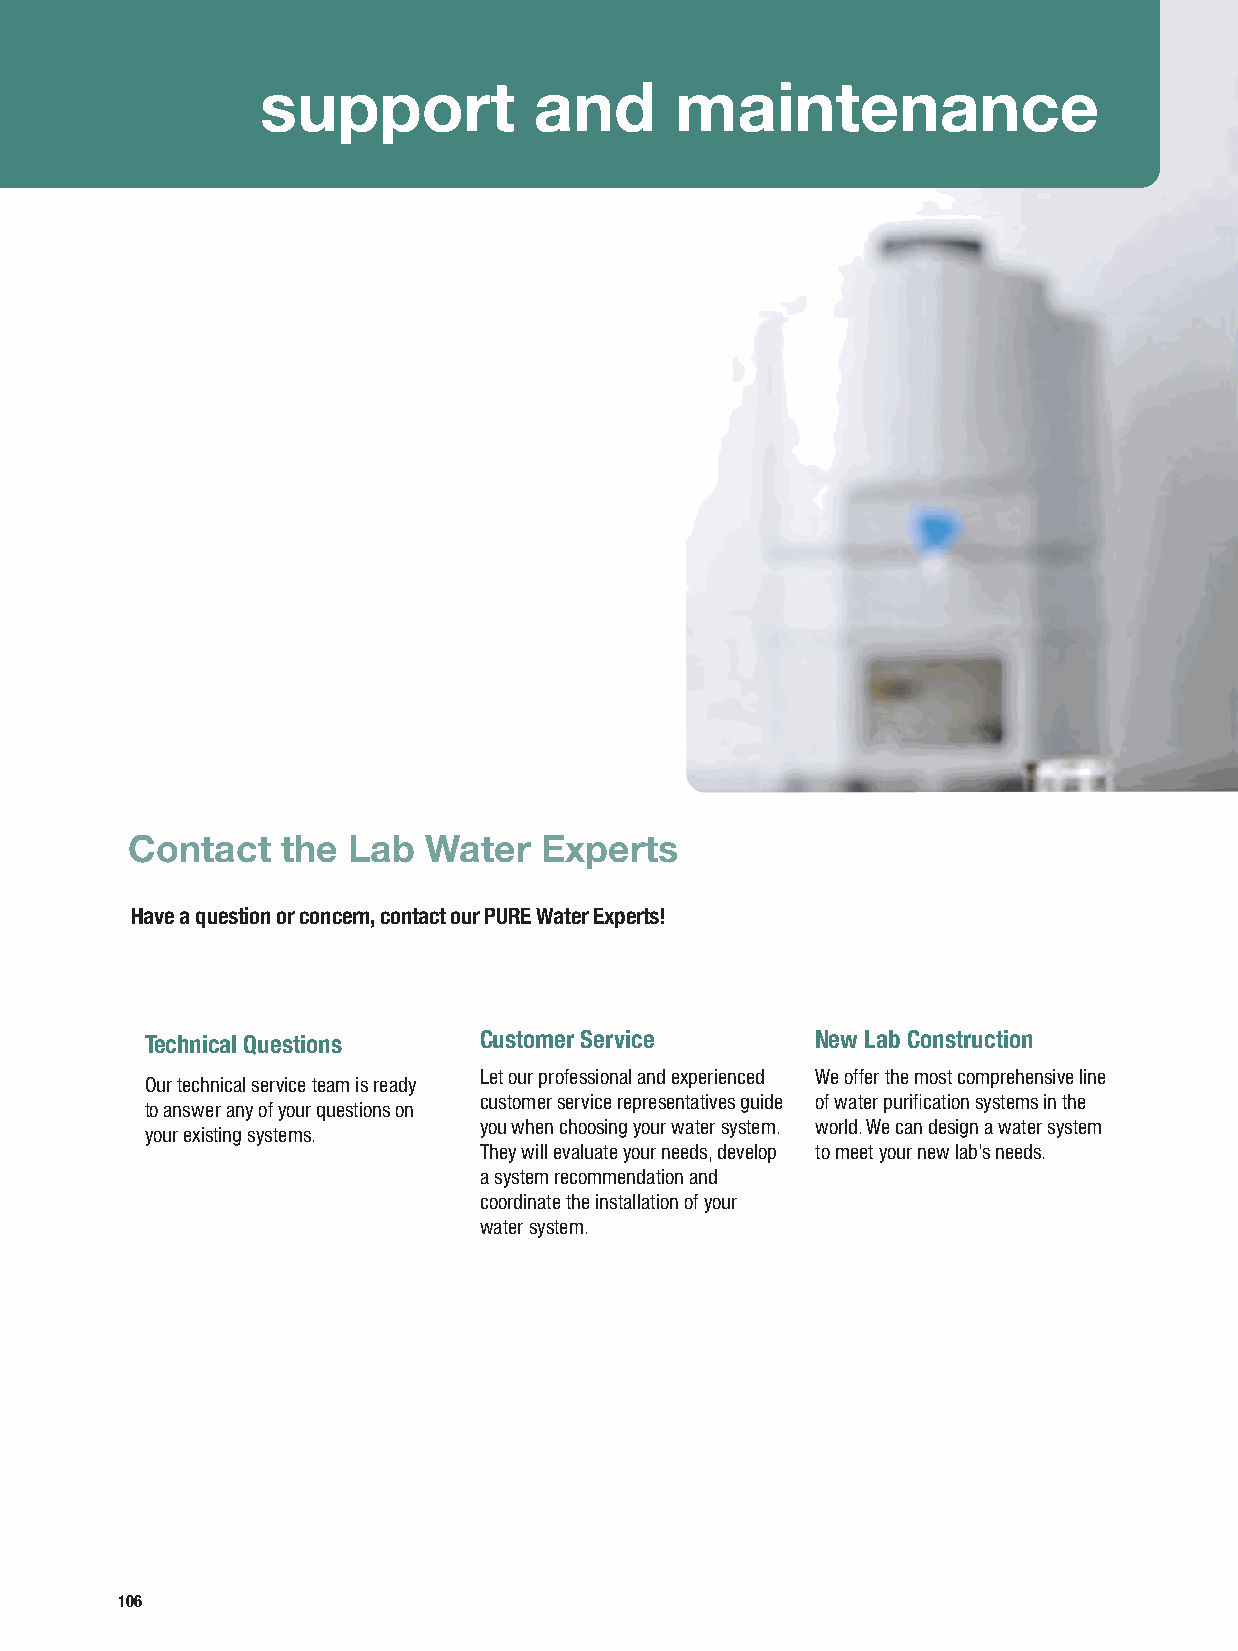
support           and       maintenance
 Contact    the Lab  Water   Experts
 Have a question or concern, contact our PURE Water Experts!
 Technical Questions   Customer Service      New Lab Construction
 Let our professional and experienced We offer the most comprehensive line
 Our technical service team is ready
 customer service representatives guide of water purification systems in the
 to answer any of your questions on
 you when choosing your water system. world. We can design a water system
 your existing systems.
 They will evaluate your needs, develop to meet your new lab’s needs.
 a system recommendation and
 coordinate the installation of your
 water system.
 106